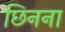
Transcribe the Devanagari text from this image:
छिनना